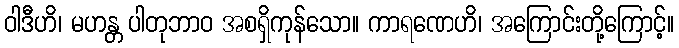
ဝါဒီဟိ၊ မဟန္တ ပါတုဘာဝ အစရှိကုန်သော။ ကာရဏေဟိ၊ အကြောင်းတို့ကြောင့်။